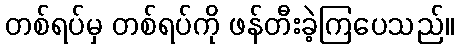
တစ်ရပ်မှ တစ်ရပ်ကို ဖန်တီးခဲ့ကြပေသည်။